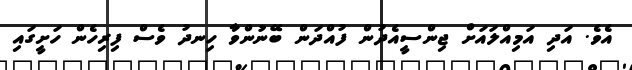
އެވެ. އަދި އަމިއްލައަށް ޖިންސީއެދުން ފުއްދަން ބޭނުންވާ ހިނދު ވެސް ފިރިހެން ހަށީގައި